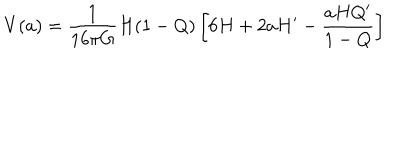
V ( a ) = \frac { 1 } { 1 6 \pi G } H ( 1 - Q ) \left[ 6 H + 2 a H ^ { \prime } - \frac { a H Q ^ { \prime } } { 1 - Q } \right]